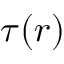
\tau ( r )